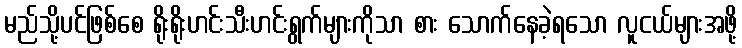
မည်သို့ပင်ဖြစ်စေ ရိုးရိုးဟင်းသီးဟင်းရွက်များကိုသာ စား သောက်နေခဲ့ရသော လူငယ်များအဖို့